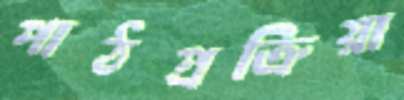
পাঠপ্রক্রিয়া